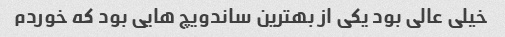
خیلی عالی بود یکی از بهترین ساندویچ هایی بود که خوردم